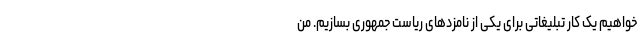
خواهیم یک کار تبلیغاتی برای یکی از نامزدهای ریاست جمهوری بسازیم. من